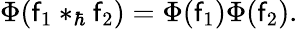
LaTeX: \Phi(\mathsf{f}_{1}\ast_{\hbar}\mathsf{f}_{2})=\Phi(\mathsf{f}_{1})\Phi(\mathsf{f}_{2}).